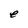
Character: e